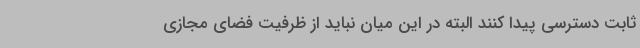
ثابت دسترسی پیدا کنند البته در این میان نباید از ظرفیت فضای مجازی